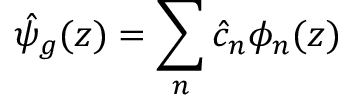
\hat { \psi } _ { g } ( z ) = \sum _ { n } \hat { c } _ { n } \phi _ { n } ( z )